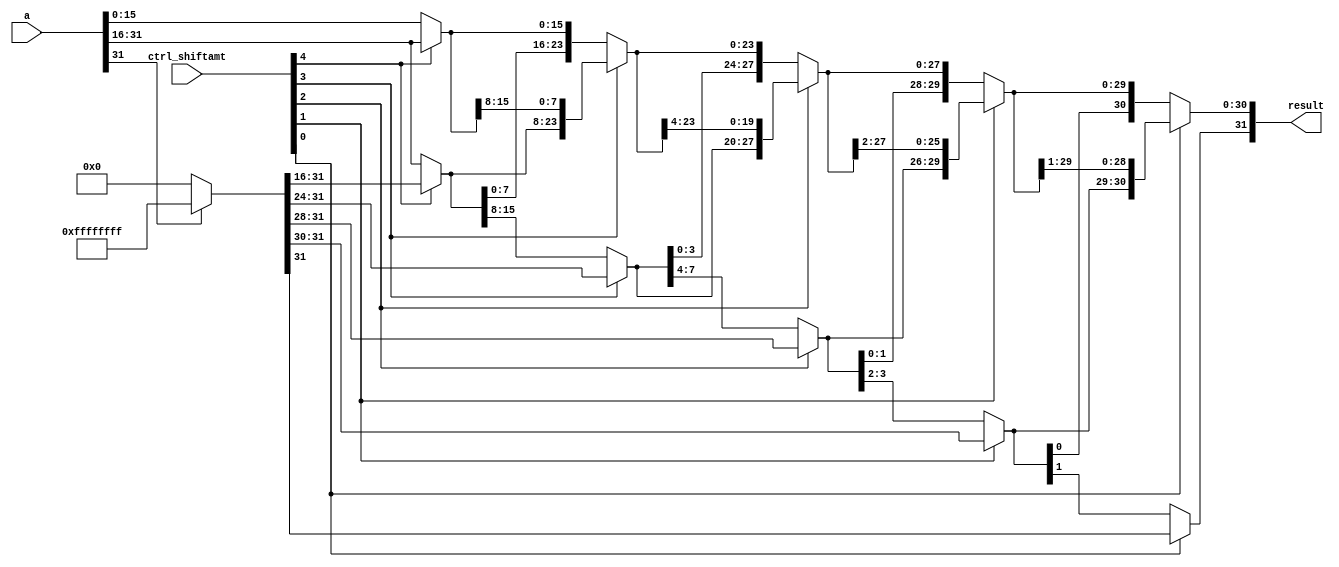
module sra(a,ctrl_shiftamt,result);
   input [31:0] a;
   input [4:0] ctrl_shiftamt;
   output [31:0] result;
   wire [31:0] r1,r2,r3,r4;
   wire [31:0] z;
	
   assign z[31:0] = a[31]? 32'hFFFFFFFF:32'h00000000;

   assign r1[15:0] = ctrl_shiftamt[4]? a[31:16]:a[15:0];
   assign r1[31:16] = ctrl_shiftamt[4]? z[31:16]:a[31:16];
	
   assign r2[23:0] = ctrl_shiftamt[3]? r1[31:8]:r1[23:0];
   assign r2[31:24] = ctrl_shiftamt[3]? z[31:24]:r1[31:24];
	
   assign r3[27:0] = ctrl_shiftamt[2]? r2[31:4]:r2[27:0];
   assign r3[31:28] = ctrl_shiftamt[2]? z[31:28]:r2[31:28];
	
   assign r4[29:0] = ctrl_shiftamt[1]? r3[31:2]:r3[29:0];
   assign r4[31:30] = ctrl_shiftamt[1]? z[31:30]:r3[31:30];
	
   assign result[30:0] = ctrl_shiftamt[0]? r4[31:1]:r4[30:0];
   assign result[31] = ctrl_shiftamt[0]? z[31]:r4[31];
	
endmodule